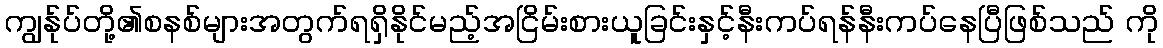
ကျွန်ုပ်တို့၏စနစ်များအတွက်ရရှိနိုင်မည့်အငြိမ်းစားယူခြင်းနှင့်နီးကပ်ရန်နီးကပ်နေပြီဖြစ်သည် ကို